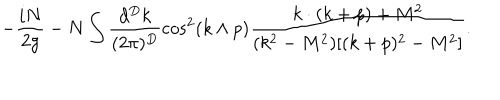
- \frac { i N } { 2 g } - N \int \frac { d ^ { D } k } { ( 2 \pi ) ^ { D } } \cos ^ { 2 } ( k \wedge p ) \frac { k \cdot ( k + p ) + M ^ { 2 } } { ( k ^ { 2 } - M ^ { 2 } ) [ ( k + p ) ^ { 2 } - M ^ { 2 } ] } .